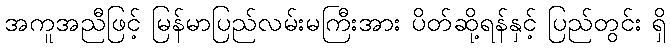
အကူအညီဖြင့် မြန်မာပြည်လမ်းမကြီးအား ပိတ်ဆို့ရန်နှင့် ပြည်တွင်း ရှိ